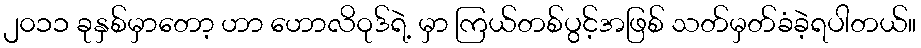
၂၀၁၁ ခုနှစ်မှာတော့ ဟာ ဟောလိဝုဒ်ရဲ့ မှာ ကြယ်တစ်ပွင့်အဖြစ် သတ်မှတ်ခံခဲ့ရပါတယ်။